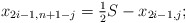
\begin{align*} x_{2i-1,n+1-j} = \tfrac{1}{2} S - x_{2i-1,j};\end{align*}